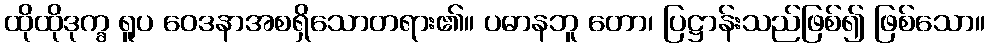
ထိုထိုဒုက္ခ ရူပ ဝေဒနာအစရှိသောတရား၏။ ပဓာနဘူ တော၊ ပြဋ္ဌာန်းသည်ဖြစ်၍ ဖြစ်သော။